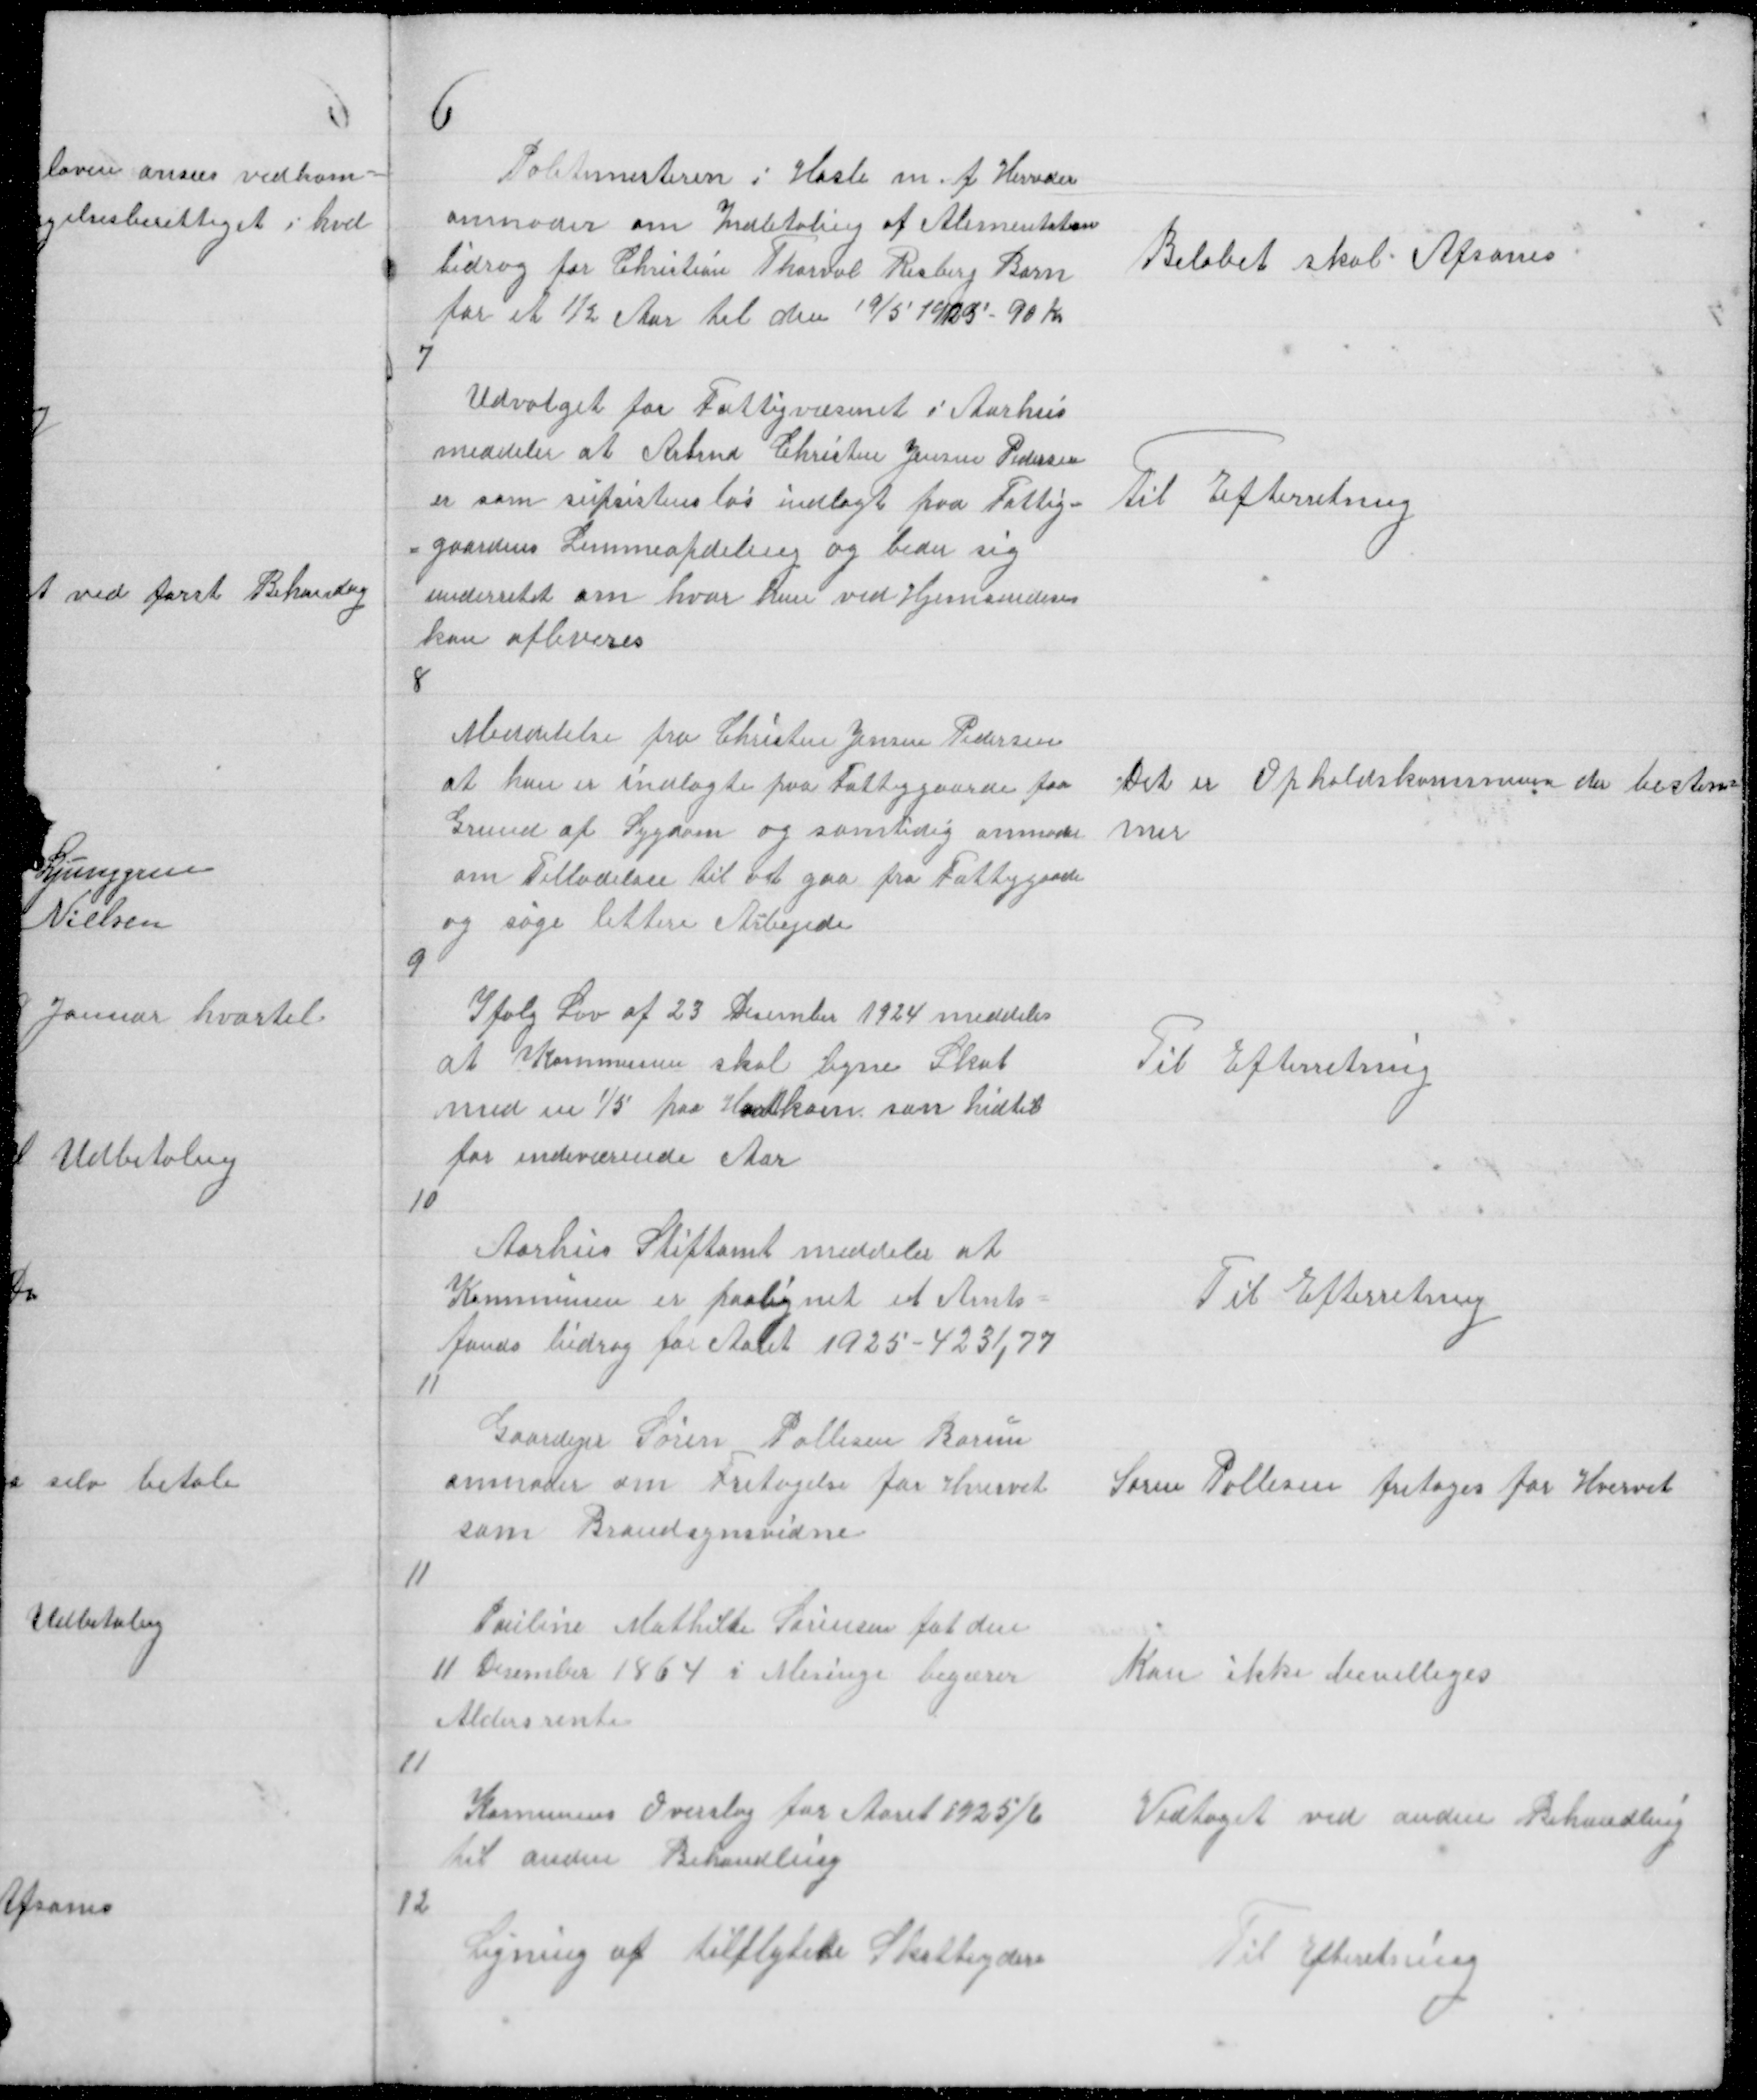
Transskription:
6

Politimesteren i Hasle m.f. Herreder
anmoder om Indbetaling af Alimentation
bidrag for Christian Thorval Risberg Barn
for et ½ Aar til den 19/5 1925 - 90 Kr

Beløbet skal Afsones

7
Udvalget for Fattigvæsenet i Aarhus
meddeler at Arbmd Christen Jensen Pedersen
er som supsistensløs indlagt paa Fattig=
= gaardens Lemmeafdeling og beder sig
underretet om hvor han ved Hjemsendesen
kan afleveres

Til Efterretning

8

Meddelelse fra Christen Jensen Pedersen
at han er indlagte paa Fattiggaarden paa
Grund af Sygdom og samtidig anmoder
om Tilladelse til at gaa fra Fattiggaade
og søge lettere Arbejde

Det er Opholdskommunen der bestem =
mer

9

Ifølg Lov af 23 Desember 1924 meddeles
at Kommunen skal ligne Skat
med en 1/5 paa Hartkorn som hidtil
for indeværende Aar

Til Efterretning

10

Aarhus Stiftamt meddeler at
Kommunen er paalignet et Amts =
fonds bidrag for Aaret 1925 - 4231,77

Til Efterretning

11

Gaardejer Søren Pallesen Borum
anmoder om Fritagelse for Hvervet
som Brandsynsvidne

Søren Pallesen fritages for Hvervet

11

Pouline Mathilde Sørensen føt den
11 Desember 1864 i Mesinge begærer
Aldersrente

Kan ikke bevilliges

11

Komunens Overslag for Aaret 1925/6
til anden Behandling

Vedtaget ved anden Behandling

12

Ligning af tilflytede Skatteydere

Til Efteretning